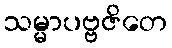
သမ္မာပဗ္ဗဇိတေ